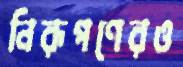
নিরূপণেরও